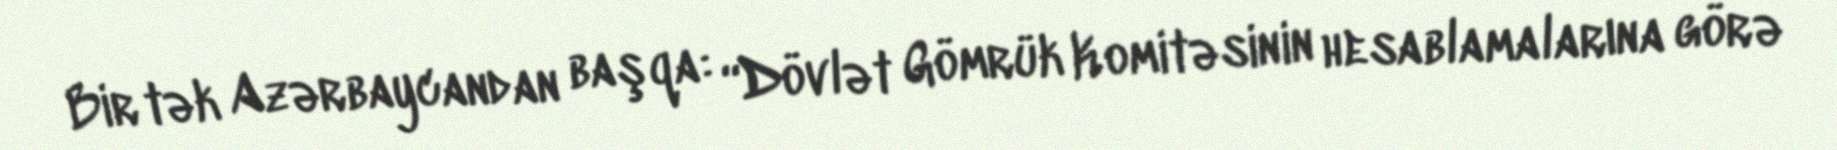
Bir tək Azərbaycandan başqa: “Dövlət Gömrük Komitəsinin hesablamalarına görə